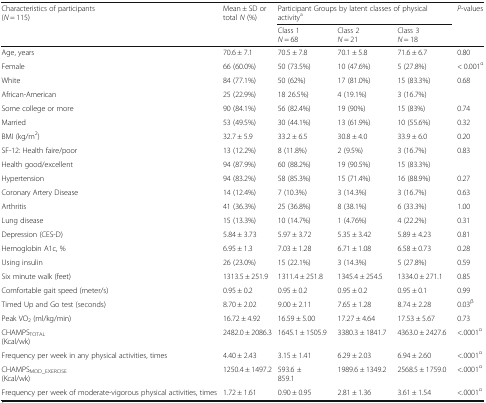
<table><thead><tr><td rowspan="2"><b>Characteristics of participants(<i>N</i> = 115)</b></td><td rowspan="2"><b>Mean ± SD or total <i>N</i> (%)</b></td><td colspan="3"><b>Participant Groups by latent classes of physical activity<sup>a</sup></b></td><td rowspan="2"><b><i>P</i>-values</b></td></tr><tr><td><b>Class 1<i>N</i> = 68</b></td><td><b>Class 2<i>N</i> = 21</b></td><td><b>Class 3<i>N</i> = 18</b></td></tr></thead><tbody><tr><td>Age, years</td><td>70.6 ± 7.1</td><td>70.5 ± 7.8</td><td>70.1 ± 5.8</td><td>71.6 ± 6.7</td><td>0.80</td></tr><tr><td>Female</td><td>66 (60.0%)</td><td>50 (73.5%)</td><td>10 (47.6%)</td><td>5 (27.8%)</td><td>&lt; 0.001<sup>α</sup></td></tr><tr><td>White</td><td>84 (77.1%)</td><td>50 (62%)</td><td>17 (81.0%)</td><td>15 (83.3%)</td><td rowspan="2">0.68</td></tr><tr><td>African-American</td><td>25 (22.9%)</td><td>18 26.5%)</td><td>4 (19.1%)</td><td>3 (16.7%)</td></tr><tr><td>Some college or more</td><td>90 (84.1%)</td><td>56 (82.4%)</td><td>19 (90%)</td><td>15 (83%)</td><td>0.74</td></tr><tr><td>Married</td><td>53 (49.5%)</td><td>30 (44.1%)</td><td>13 (61.9%)</td><td>10 (55.6%)</td><td>0.32</td></tr><tr><td>BMI (kg/m<sup>2</sup>)</td><td>32.7 ± 5.9</td><td>33.2 ± 6.5</td><td>30.8 ± 4.0</td><td>33.9 ± 6.0</td><td>0.20</td></tr><tr><td>SF-12: Health faire/poor</td><td>13 (12.2%)</td><td>8 (11.8%)</td><td>2 (9.5%)</td><td>3 (16.7%)</td><td rowspan="2">0.83</td></tr><tr><td>Health good/excellent</td><td>94 (87.9%)</td><td>60 (88.2%)</td><td>19 (90.5%)</td><td>15 (83.3%)</td></tr><tr><td>Hypertension</td><td>94 (83.2%)</td><td>58 (85.3%)</td><td>15 (71.4%)</td><td>16 (88.9%)</td><td>0.27</td></tr><tr><td>Coronary Artery Disease</td><td>14 (12.4%)</td><td>7 (10.3%)</td><td>3 (14.3%)</td><td>3 (16.7%)</td><td>0.63</td></tr><tr><td>Arthritis</td><td>41 (36.3%)</td><td>25 (36.8%)</td><td>8 (38.1%)</td><td>6 (33.3%)</td><td>1.00</td></tr><tr><td>Lung disease</td><td>15 (13.3%)</td><td>10 (14.7%)</td><td>1 (4.76%)</td><td>4 (22.2%)</td><td>0.31</td></tr><tr><td>Depression (CES-D)</td><td>5.84 ± 3.73</td><td>5.97 ± 3.72</td><td>5.35 ± 3.42</td><td>5.89 ± 4.23</td><td>0.81</td></tr><tr><td>Hemoglobin A1c, %</td><td>6.95 ± 1.3</td><td>7.03 ± 1.28</td><td>6.71 ± 1.08</td><td>6.58 ± 0.73</td><td>0.28</td></tr><tr><td>Using insulin</td><td>26 (23.0%)</td><td>15 (22.1%)</td><td>3 (14.3%)</td><td>5 (27.8%)</td><td>0.59</td></tr><tr><td>Six minute walk (feet)</td><td>1313.5 ± 251.9</td><td>1311.4 ± 251.8</td><td>1345.4 ± 254.5</td><td>1334.0 ± 271.1</td><td>0.85</td></tr><tr><td>Comfortable gait speed (meter/s)</td><td>0.95 ± 0.2</td><td>0.95 ± 0.2</td><td>0.95 ± 0.2</td><td>0.95 ± 0.1</td><td>0.99</td></tr><tr><td>Timed Up and Go test (seconds)</td><td>8.70 ± 2.02</td><td>9.00 ± 2.11</td><td>7.65 ± 1.28</td><td>8.74 ± 2.28</td><td>0.03<sup>β</sup></td></tr><tr><td>Peak VO<sub>2</sub> (ml/kg/min)</td><td>16.72 ± 4.92</td><td>16.59 ± 5.00</td><td>17.27 ± 4.64</td><td>17.53 ± 5.67</td><td>0.73</td></tr><tr><td>CHAMPS<sub>TOTAL</sub>(Kcal/wk)</td><td>2482.0 ± 2086.3</td><td>1645.1 ± 1505.9</td><td>3380.3 ± 1841.7</td><td>4363.0 ± 2427.6</td><td>&lt;.0001<sup>α</sup></td></tr><tr><td>Frequency per week in any physical activities, times</td><td>4.40 ± 2.43</td><td>3.15 ± 1.41</td><td>6.29 ± 2.03</td><td>6.94 ± 2.60</td><td>&lt;.0001<sup>α</sup></td></tr><tr><td>CHAMPS<sub>MOD_EXERCISE</sub>(Kcal/wk)</td><td>1250.4 ± 1497.2</td><td>593.6 ±859.1</td><td>1989.6 ± 1349.2</td><td>2568.5 ± 1759.0</td><td>&lt;.0001<sup>α</sup></td></tr><tr><td>Frequency per week of moderate-vigorous physical activities, times</td><td>1.72 ± 1.61</td><td>0.90 ± 0.95</td><td>2.81 ± 1.36</td><td>3.61 ± 1.54</td><td>&lt;.0001<sup>α</sup></td></tr></tbody></table>